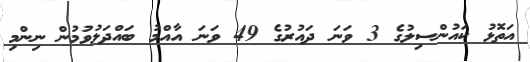
އަތޮޅު ކައުންސިލުގެ 3 ވަނަ ދައުރުގެ 49 ވަނަ އާއްމު ބައްދަލުވުމުން ނިންމި